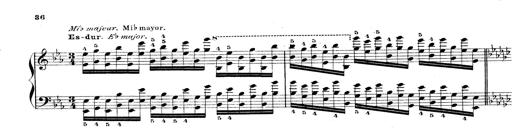
Title: Technische Studien
Composer: Franz Liszt